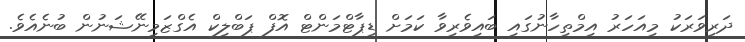
ދަރިވަރަކު މިއަހަރު އިމްތިހާނުގައި ބައިވެރިވާ ކަމަށް ޑިޕާޓްމަންޓް އޮފް ޕަބްލިކް އެގްޒަމިނޭޝަނުން ބުނެއެވެ.